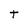
Character: t